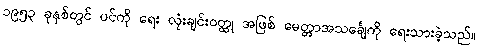
၁၉၅၃ ခုနှစ်တွင် ပင်ကို ရေး လုံးချင်းဝတ္ထု အဖြစ် မေတ္တာအသင်္ချေကို ရေးသားခဲ့သည်။